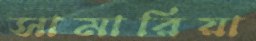
সামারিয়া